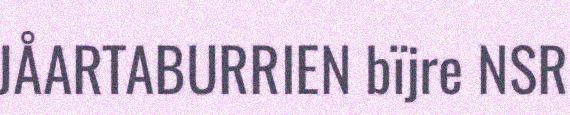
JÅARTABURRIEN bïjre NSR